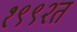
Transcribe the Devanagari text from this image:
१९९२त